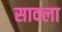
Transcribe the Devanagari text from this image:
सावला